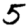
Digit: 5